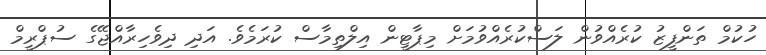
ހުކުމް ތަންފީޒު ކުރެއްވުން ލަސްކުރެއްވުމަށް މިޕާޓީން އިލްތިމާސް ކުރަމެވެ. އަދި ދިވެހިރާއްޖޭގެ ސުޕްރީމް